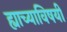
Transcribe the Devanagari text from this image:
ह्याच्याविषयी